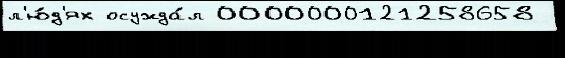
л'ю́д'ях осужда́л 0000000121258658